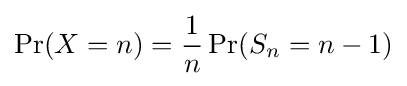
\Pr(X=n)={\frac {1}{n}}\Pr(S_{n}=n-1)